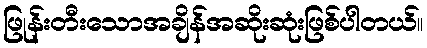
ဖြုန်းတီးသောအချိန်အဆိုးဆုံးဖြစ်ပါတယ်။